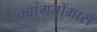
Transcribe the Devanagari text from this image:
क्वांगतोंगास